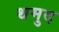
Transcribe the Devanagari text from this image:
थमुद